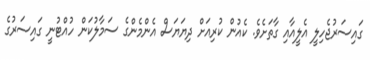
ގައިސަރުޖެހިލީ އެލީއާއި ގާތަށެވެ. ކެއުން ކުރިއަށް ދިޔަޔަސް އެންމެންގެ ސަމާލުކަން ހުއްޓުނީ ގައިސަރުގެ